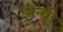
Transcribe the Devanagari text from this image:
झैन्थी